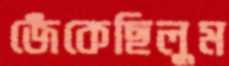
জেঁকেছিলুম